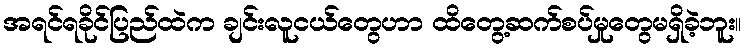
အရင်ရခိုင်ပြည်ထဲက ချင်းလူငယ်တွေဟာ ထိတွေ့ဆက်စပ်မှုတွေမရှိခဲ့ဘူး။